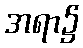
အရာ၌